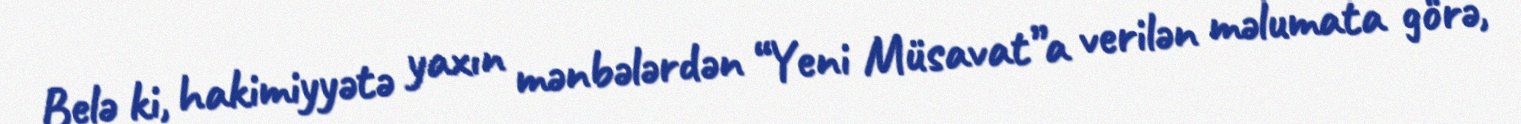
Belə ki, hakimiyyətə yaxın mənbələrdən “Yeni Müsavat”a verilən məlumata görə,